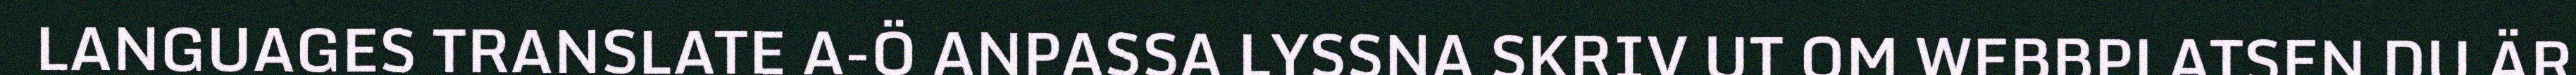
LANGUAGES TRANSLATE A-Ö ANPASSA LYSSNA SKRIV UT OM WEBBPLATSEN DU ÄR